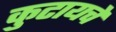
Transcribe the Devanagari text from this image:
कुटायचे